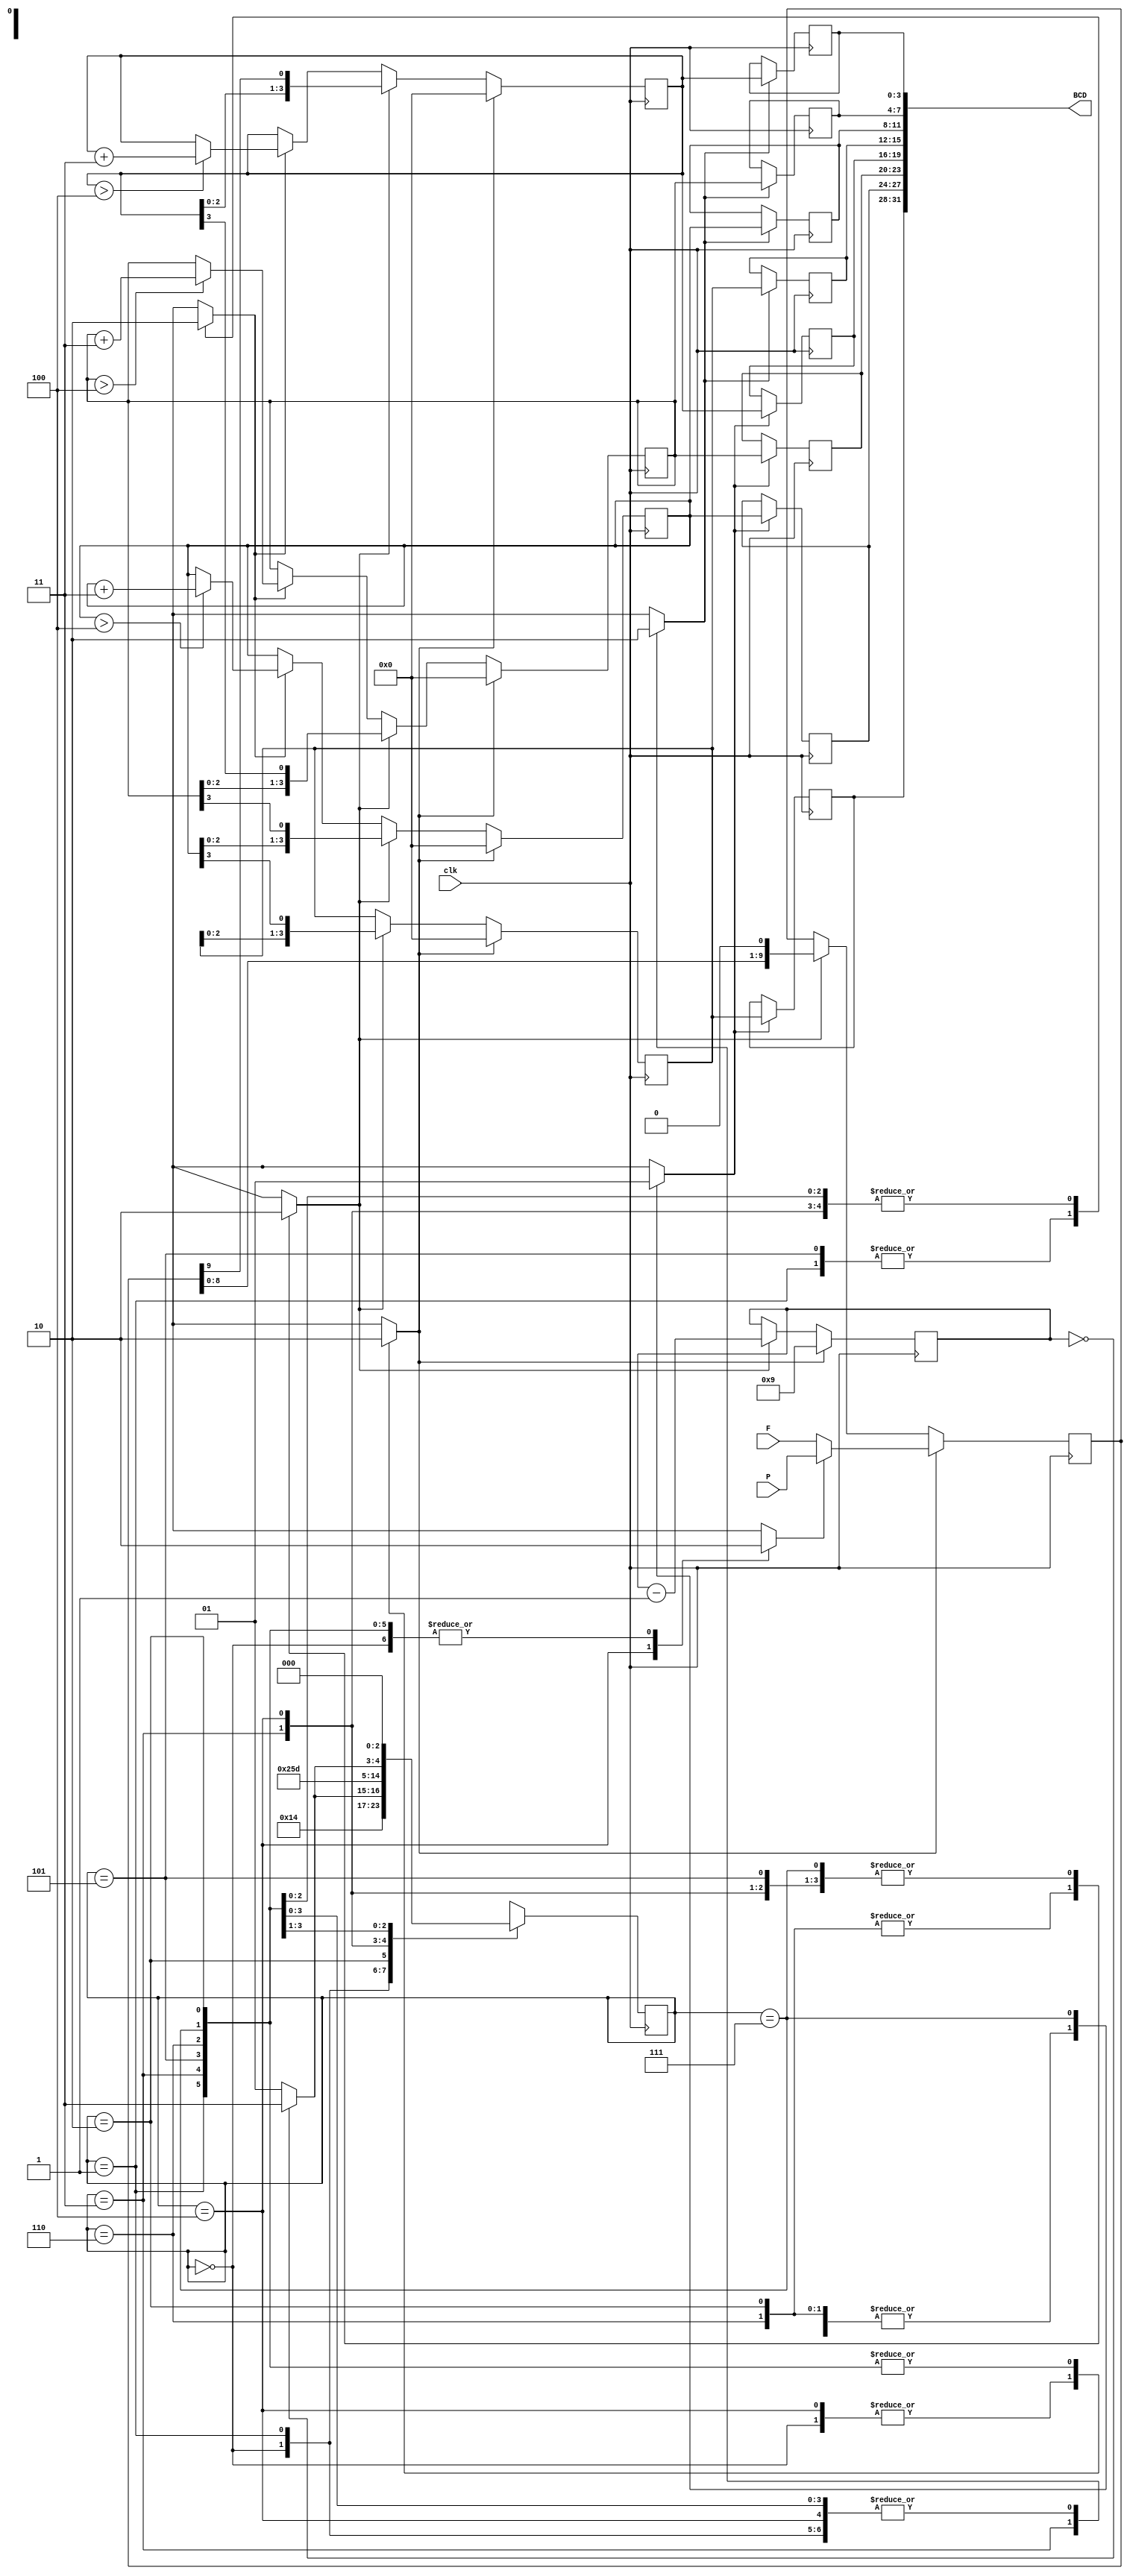
`timescale 1ns / 1ps

module B2BCD(clk,P,F,BCD);
input clk;
input [9:0]P,F;
output [31:0]BCD;
localparam [2:0] S0 = 0,S1 = 1,S2 = 2,S3 = 3,S4 = 4,S5 = 5,S6 = 6,S7 = 7;
reg [2:0] state_reg,state_next;
reg C0,C1,C2,C3,C4,C5;
reg [3:0] D0,D1,D2,D3,BCD0,BCD1,BCD2,BCD3,BCD4,BCD5,BCD6,BCD7,counter;
reg [9:0] r,I;
wire Z;
initial counter = 0;

assign BCD={BCD7,BCD6,BCD5,BCD4,BCD3,BCD2,BCD1,BCD0};

always @(posedge clk)
begin 
    if(C0) 
        counter <= 9;
    else if(C1)
        counter <= counter - 1;
end
assign Z  = (counter == 0);

always @*
begin
    if(C4)
        I <= P;
    else
        I <= F;
end

always @(posedge clk)
begin
    if(C0)
        r <= I;
    else if(C1)
        r <= r << 1;
end

always @(posedge clk)
begin
    if(C0)
        D3 <= 0;
    else if(C1)
        D3 <= {D3[2:0],D2[3]};
end

always @(posedge clk)
begin
    if(C3) 
        begin
            BCD3 <= D3;
            BCD2 <= D2;
            BCD1 <= D1;
            BCD0 <= D0;
        end
    if(C5) 
        begin
            BCD7 <= D3;
            BCD6 <= D2;
            BCD5 <= D1;
            BCD4 <= D0;
        end
end

always @(posedge clk)
begin
    if(C0)
        D2 <= 0;
        else if(C1)
            D2 <= {D2[2:0],D1[3]};
        else if(C2)
            if(D2 > 4)
                D2 <= D2 + 3;
end

always @(posedge clk)
begin
    if(C0)
        D1 <= 0;
    else if(C1)
        D1 <= {D1[2:0],D0[3]};
    else if(C2)
        if(D1 > 4)
            D1 <= D1 + 3;
end

always @(posedge clk)
begin
    if(C0)
        D0 <= 0;
    else if(C1)
        D0 <= {D0[2:0],r[9]};
    else if(C2)
        if(D0 > 4)
            D0 <= D0 + 3;
end

always@(posedge clk)
begin
    state_reg <= state_next;
end
always @*
begin
    case(state_reg)
    S0:
        begin
            C0 = 1;C1 = 0;C2 = 0;C3 = 0;C4 = 0;C5 = 0;
            state_next = S1;
        end
    S1:
        begin
            C0 = 0;C1 = 0;C2 = 1;C3 = 0;C4 = 0;C5 = 0;
            state_next = S2;
        end
    S2:
        begin
            if(Z)
                begin
                    C0 = 0;C1 = 1;C2 = 0;C3 = 0;C4 = 0;C5 = 0;
                    state_next = S3;
                end
            else
                begin
                    C0 = 0;C1 = 1;C2 = 0;C3 = 0;C4 = 0;C5 = 0;
                    state_next = S1;
                end
        end
    S3:
        begin
            C0 = 0;C1 = 0;C2 = 0;C3 = 1;C4 = 0;C5 = 0;
            state_next = S4;
        end
    S4:
        begin
            C0 = 1;C1 = 0;C2 = 0;C3 = 0;C4 = 1;C5 = 0;
            state_next = S5;
        end 
    S5:
        begin
            C0 = 0;C1 = 0;C2 = 1;C3 = 0;C4 = 0;C5 = 0;
            state_next = S6;
        end
    S6:
        begin
            if(Z)
                begin
                    C0 = 0;C1 = 1;C2 = 0;C3 = 0;C4 = 0;C5 = 0;
                    state_next = S7;
                end
             else
                begin
                    C0 = 0;C1 = 1;C2 = 0;C3 = 0;C4 = 0;C5 = 0;
                    state_next = S5;
                end
        end
    S7:
        begin
            C0 = 0;C1 = 0;C2 = 0;C3 = 0;C4 = 0;C5 = 1;
            state_next = S0;
        end 
    default:
    begin
        C0 = 0;C1 = 0;C2 = 0;C3 = 0;C4 = 0;C5 = 0;
        state_next = S0;
    end
    endcase
end
endmodule